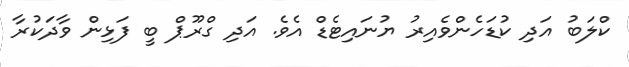
ކްލަބު އަދި ކުޑަހެންވެއިރު ޔުނައިޓެޑް އެވެ. އަދި ގްރޫޕް ބީ ފަޅިން ވާދަކުރާ